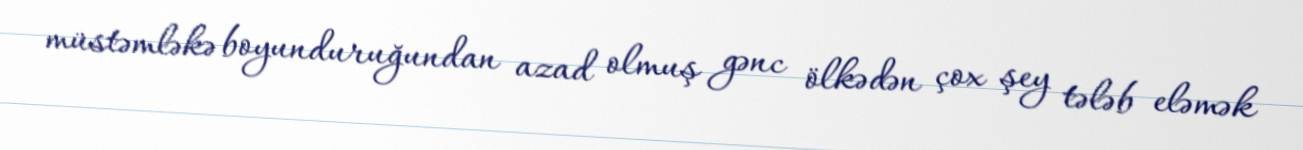
müstəmləkə boyunduruğundan azad olmuş gənc ölkədən çox şey tələb eləmək